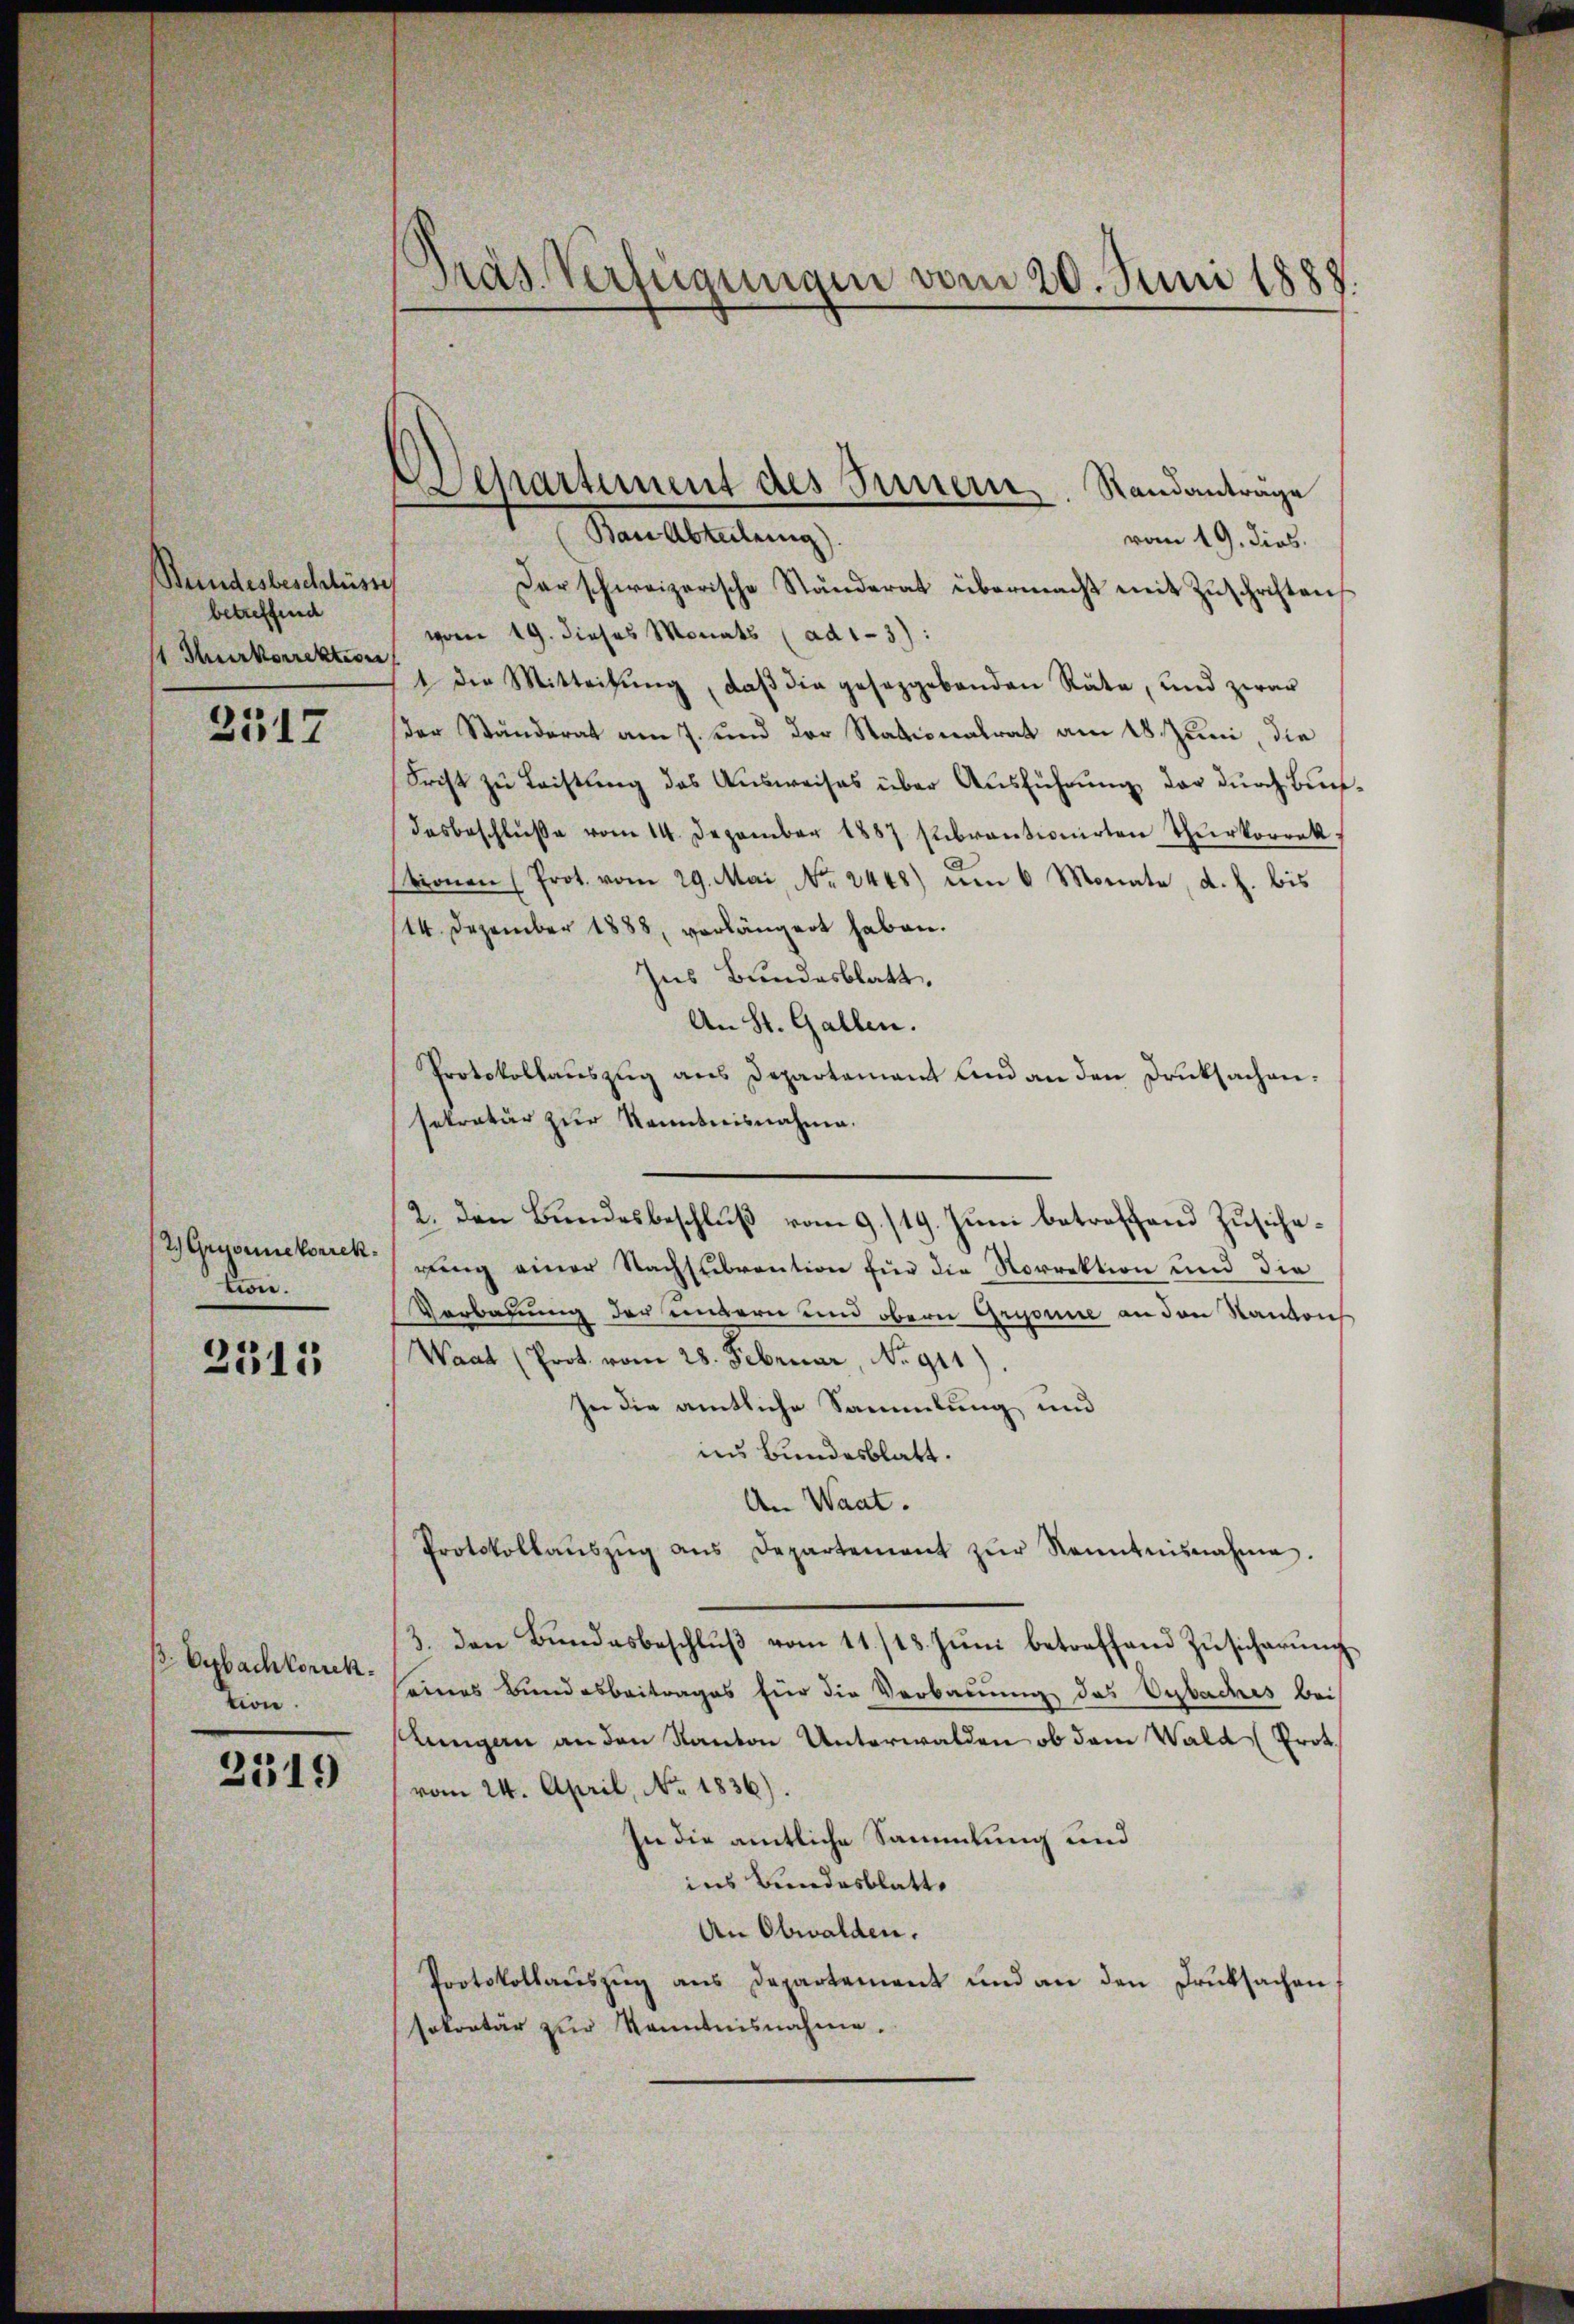
Stundesbeschlüsse
betreffend
1 Thurkorrektion

2517

2.) Gegoriekorrek
tion.

2315

ß Oybachkoruck.
tion.

2319

Präs. Verfügungen vom 20. Juni 1888

Departement des Innern. Standanträge

Ban Abteilung).
vom 19. dies.
Der schweizerische Ständerat übermacht mit Zŭschriften
vom 19. dieses Monats (ad 1-3):
t die Mitteilung, daß die gesetzgebenden Räte, und zwar
der Ständerat am 7. und der Stationalrat am 18. Juni die
Frist zu Leistung des Aŭsweises über Aŭsführŭng der durch Buch
desbeschlŭβe vom 14. Dezember 1887 sŭbrantionirten Thŭrkorrek
tionen (Prot. vom 29. Mai No. 2448) um 6 Monate, d. h. bis
14. Dezember 1888, verlängert haben.
Ins Bundesblatt,
An St. Gallen.
Protokollaŭszŭg ans Departement und an den Druksachen.
sekretär zur Kenntnisnahme.
2. Den Bundesbeschluß vom 9./19. Juni betreffend Zusicherung einer Nachsubvention für die Norrektion und die
Verbauung der untern und obern Gryone an den Kantons
Waat (Prot. vom 28. Februar, No 911)
In die amtliche Sammlung und
ins Bundesblatt.
An Waat.
Protokollaŭszŭg ans Departement zŭr Kenntnisnahme.
3. den Bŭndesbeschlŭβ vom 11./18. Jŭni betreffend Zŭsicherŭng
eines Bundesbeitrages für die Verbauung das Vybaches bei
lungen an den Kanton Unterwalden ob dem Wald (Prot.
vom 24. April, No. 1836).
In die amtliche Sammlung und
ins Bundesblatt.
An Obwalden.
Protokollaŭszŭg ans Departement und an den Druksachen
sokretär zur Kenntnisnahme.